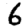
Digit: 6